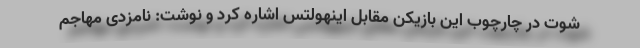
شوت در چارچوب این بازیکن مقابل اینهولتس اشاره کرد و نوشت: نامزدی مهاجم